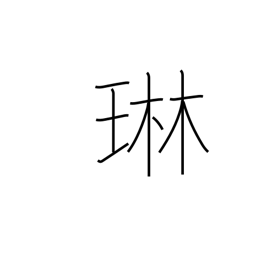
Meaning: tinkling of jewelry